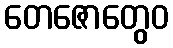
တေဇောတွေဝ